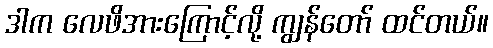
ဒါက လေဖိအားကြောင့်လို့ ကျွန်တော် ထင်တယ်။